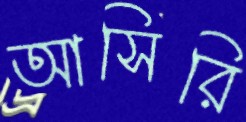
আসিরি